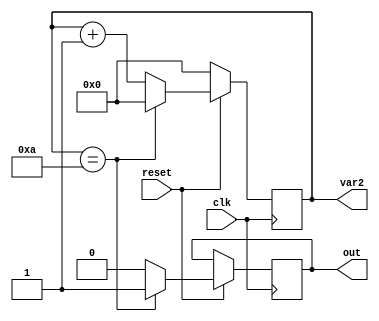
module counter1(input clk,input reset,output reg out,output reg[3:0]var2);

always@(posedge clk)begin
	if(reset==0) 
	var2<=0;
	
else begin
if(var2==10)
	begin
		var2<=0;
		out<=1;
		end
	else begin
		var2<=var2+1;
		out<=0;
		end
end
end
endmodule